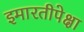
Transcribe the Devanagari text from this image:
इमारतीपेक्षा